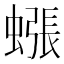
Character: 𧐊